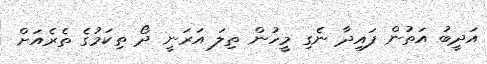
އަދީބު އަތުން ފައިދާ ނެގި މީހުން ތިލަ އަރަނީ ދޯ ތިކަމުގެ ތެރެއަށް